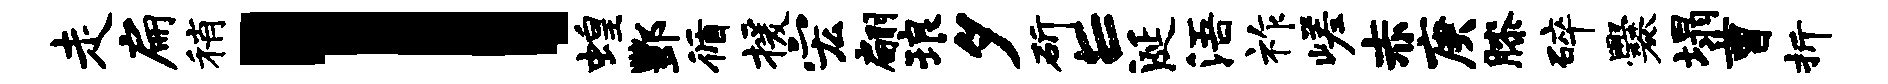
走扁稍l蝗酆循援宏翩琅夕斫E涎浯祚嵯赤庚膝碎爨塌曹折